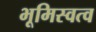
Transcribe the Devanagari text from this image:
भूमिस्वत्व